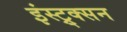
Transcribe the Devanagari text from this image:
इंस्ट्र्क्सन